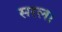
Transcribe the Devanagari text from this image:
सरल।